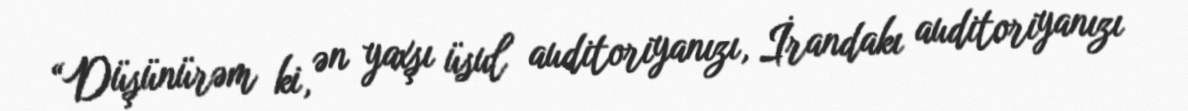
“Düşünürəm ki, ən yaxşı üsul auditoriyanızı, İrandakı auditoriyanızı